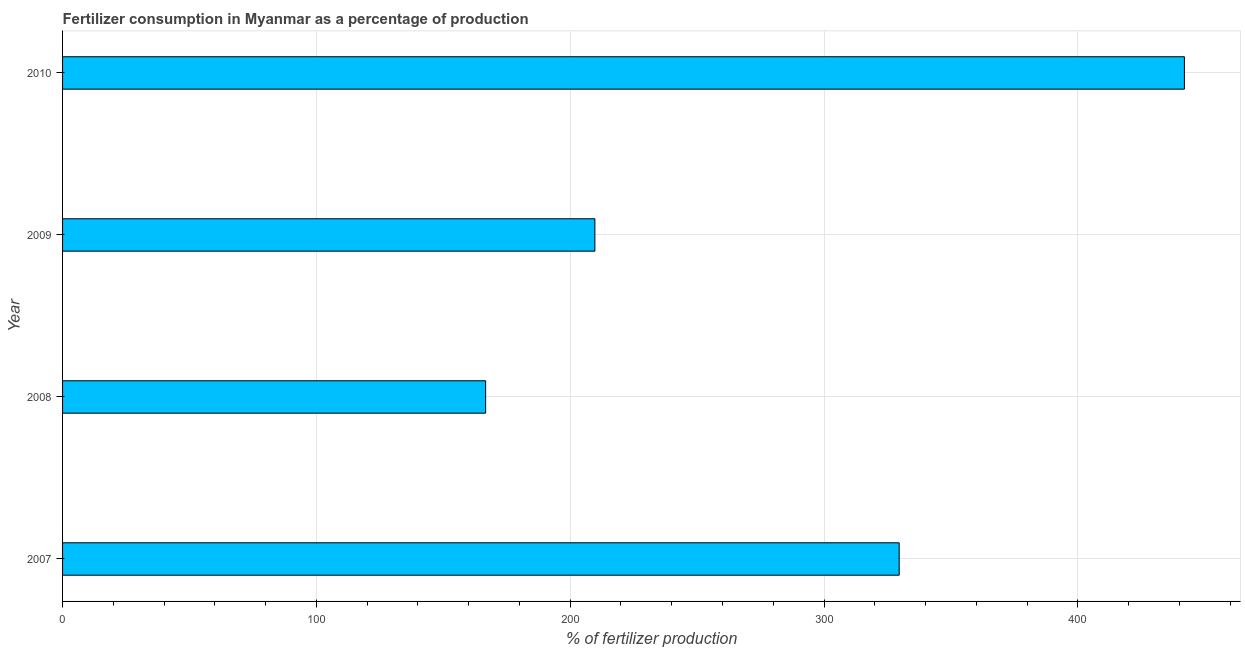
| Year | Fertilizer consumption |
 | --- | --- |
 | 2007 | 330 |
 | 2008 | 167 |
 | 2009 | 210 |
 | 2010 | 442 |